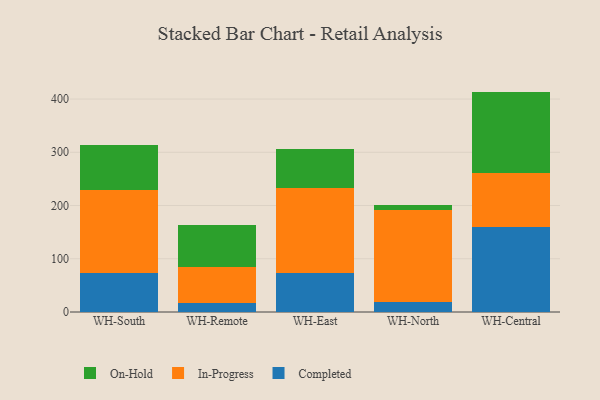
{"axis": {"x": "Warehouse", "y": "Shipments"}, "legend": ["Completed", "In-Progress", "On-Hold"], "data": [{"x": "WH-South", "y": 72.6, "type": "Completed"}, {"x": "WH-South", "y": 156.2, "type": "In-Progress"}, {"x": "WH-South", "y": 85.2, "type": "On-Hold"}, {"x": "WH-Remote", "y": 16.7, "type": "Completed"}, {"x": "WH-Remote", "y": 68.0, "type": "In-Progress"}, {"x": "WH-Remote", "y": 79.1, "type": "On-Hold"}, {"x": "WH-East", "y": 72.6, "type": "Completed"}, {"x": "WH-East", "y": 160.2, "type": "In-Progress"}, {"x": "WH-East", "y": 73.3, "type": "On-Hold"}, {"x": "WH-North", "y": 18.1, "type": "Completed"}, {"x": "WH-North", "y": 172.8, "type": "In-Progress"}, {"x": "WH-North", "y": 9.8, "type": "On-Hold"}, {"x": "WH-Central", "y": 159.3, "type": "Completed"}, {"x": "WH-Central", "y": 102.2, "type": "In-Progress"}, {"x": "WH-Central", "y": 152.5, "type": "On-Hold"}]}